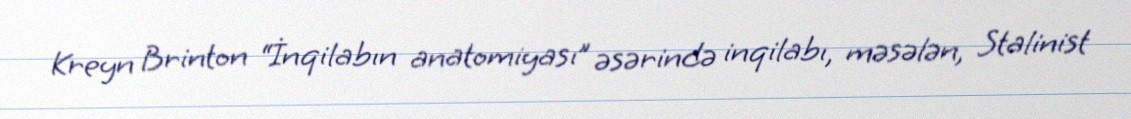
Kreyn Brinton “İnqilabın anatomiyası” əsərində inqilabı, məsələn, Stalinist